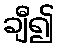
ချီ၍